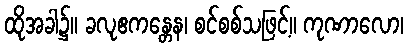
ထိုအခါ၌။ ခလုဧကန္တေန၊ စင်စစ်သဖြင့်။ ကုဏာလော၊